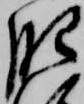
肥